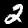
Label: 2